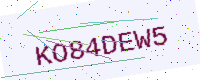
Text: KO84DEW5